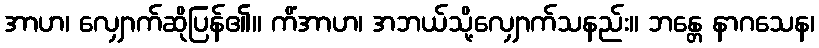
အာဟ၊ လျှောက်ဆိုပြန်၏။ ကိံအာဟ၊ အဘယ်သို့လျှောက်သနည်း။ ဘန္တေ နာဂသေန၊